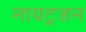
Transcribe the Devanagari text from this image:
नायट्रजन